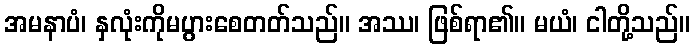
အမနာပံ၊ နှလုံးကိုမပွားစေတတ်သည်။ အဿ၊ ဖြစ်ရာ၏။ မယံ၊ ငါတို့သည်။